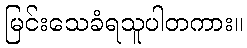
မြင်းသေခံရသူပါတကား။